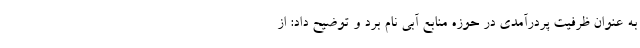
به عنوان ظرفیت پردرآمدی در حوزه منابع آبی نام برد و توضیح داد: از